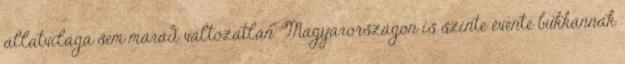
állatvilága sem marad változatlan. Magyarországon is szinte évente bukkannak